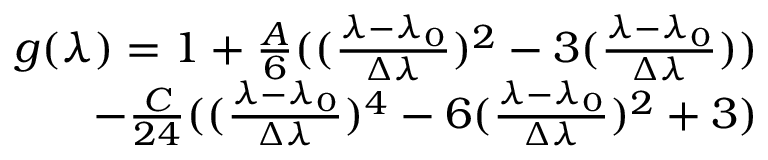
\begin{array} { r } { g ( \lambda ) = 1 + \frac { A } { 6 } ( ( \frac { \lambda - \lambda _ { 0 } } { \Delta \lambda } ) ^ { 2 } - 3 ( \frac { \lambda - \lambda _ { 0 } } { \Delta \lambda } ) ) } \\ { - \frac { C } { 2 4 } ( ( \frac { \lambda - \lambda _ { 0 } } { \Delta \lambda } ) ^ { 4 } - 6 ( \frac { \lambda - \lambda _ { 0 } } { \Delta \lambda } ) ^ { 2 } + 3 ) } \end{array}